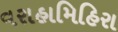
વરાહામિહિરા